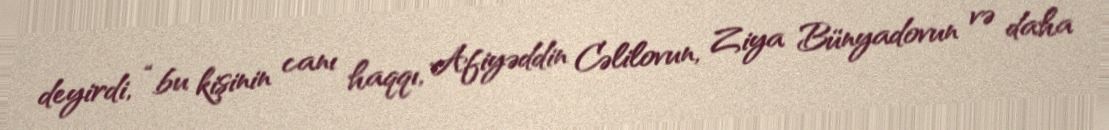
deyirdi, “bu kişinin canı haqqı, Afiyəddin Cəlilovun, Ziya Bünyadovun və daha